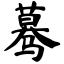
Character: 蓦